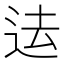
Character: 迲